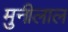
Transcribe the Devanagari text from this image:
मुनीलाल